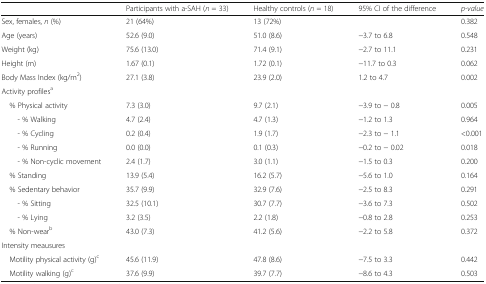
<table><thead><tr><td></td><td><b>Participants with a-SAH (<i>n</i> = 33)</b></td><td><b>Healthy controls (<i>n</i> = 18)</b></td><td><b>95% CI of the difference</b></td><td><b><i>p-value</i></b></td></tr></thead><tbody><tr><td>Sex, females, <i>n</i> (%)</td><td>21 (64%)</td><td>13 (72%)</td><td></td><td>0.382</td></tr><tr><td>Age (years)</td><td>52.6 (9.0)</td><td>51.0 (8.6)</td><td>−3.7 to 6.8</td><td>0.548</td></tr><tr><td>Weight (kg)</td><td>75.6 (13.0)</td><td>71.4 (9.1)</td><td>−2.7 to 11.1</td><td>0.231</td></tr><tr><td>Height (m)</td><td>1.67 (0.1)</td><td>1.72 (0.1)</td><td>−11.7 to 0.3</td><td>0.062</td></tr><tr><td>Body Mass Index (kg/m<sup>2</sup>)</td><td>27.1 (3.8)</td><td>23.9 (2.0)</td><td>1.2 to 4.7</td><td>0.002</td></tr><tr><td colspan="5">Activity profiles<sup>a</sup></td></tr><tr><td> % Physical activity</td><td>7.3 (3.0)</td><td>9.7 (2.1)</td><td>−3.9 to − 0.8</td><td>0.005</td></tr><tr><td>- % Walking</td><td>4.7 (2.4)</td><td>4.7 (1.3)</td><td>−1.2 to 1.3</td><td>0.964</td></tr><tr><td>- % Cycling</td><td>0.2 (0.4)</td><td>1.9 (1.7)</td><td>−2.3 to − 1.1</td><td>&lt;0.001</td></tr><tr><td>- % Running</td><td>0.0 (0.0)</td><td>0.1 (0.3)</td><td>−0.2 to − 0.02</td><td>0.018</td></tr><tr><td>- % Non-cyclic movement</td><td>2.4 (1.7)</td><td>3.0 (1.1)</td><td>−1.5 to 0.3</td><td>0.200</td></tr><tr><td> % Standing</td><td>13.9 (5.4)</td><td>16.2 (5.7)</td><td>−5.6 to 1.0</td><td>0.164</td></tr><tr><td> % Sedentary behavior</td><td>35.7 (9.9)</td><td>32.9 (7.6)</td><td>−2.5 to 8.3</td><td>0.291</td></tr><tr><td>- % Sitting</td><td>32.5 (10.1)</td><td>30.7 (7.7)</td><td>−3.6 to 7.3</td><td>0.502</td></tr><tr><td>- % Lying</td><td>3.2 (3.5)</td><td>2.2 (1.8)</td><td>−0.8 to 2.8</td><td>0.253</td></tr><tr><td> % Non-wear<sup>b</sup></td><td>43.0 (7.3)</td><td>41.2 (5.6)</td><td>−2.2 to 5.8</td><td>0.372</td></tr><tr><td colspan="5">Intensity meausures</td></tr><tr><td> Motility physical activity (g)<sup>c</sup></td><td>45.6 (11.9)</td><td>47.8 (8.6)</td><td>−7.5 to 3.3</td><td>0.442</td></tr><tr><td> Motility walking (g)<sup>c</sup></td><td>37.6 (9.9)</td><td>39.7 (7.7)</td><td>−8.6 to 4.3</td><td>0.503</td></tr></tbody></table>